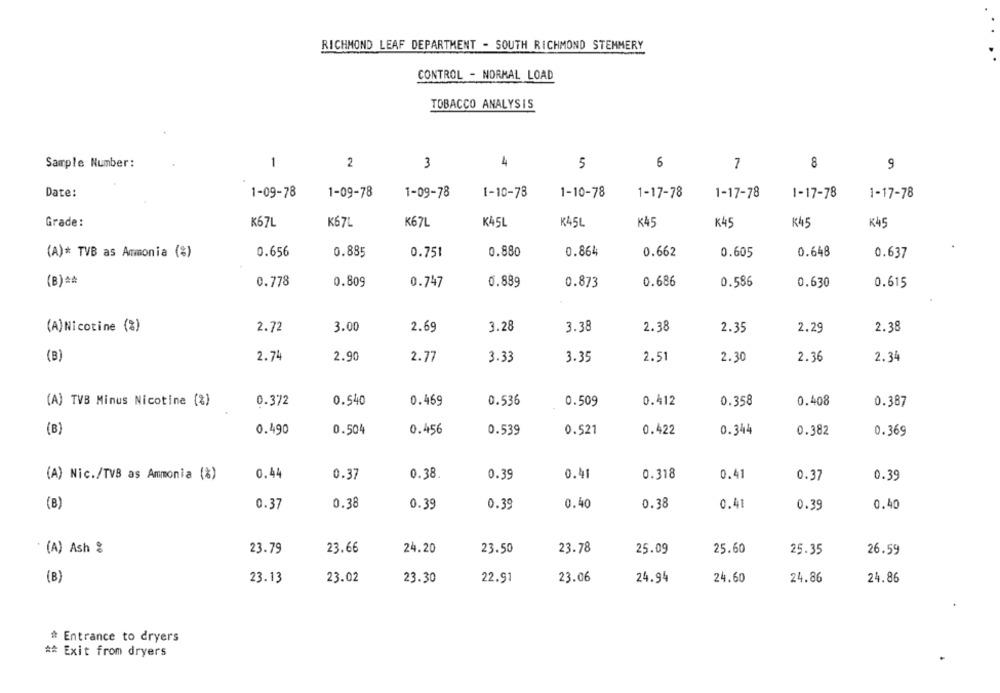
RICHMOND LEAF DEPARTMENT - SOUTH RICHMOND STEMMERY
CONTROL - NORMAL LOAD
TOBACCO ANALYSIS
Sample Number:
1
2
3
4
5
6
7
8
9
Date:
1-09-78
1-09-78
1-09-78
1-10-78
1-10-78
1-17-78
1-17-78
1-17-78
1-17-78
Grade:
K67L
K67L
K67L
K45L
K45L
K45
K45
K45
K45
(A)* TVB as Ammonia (%)
0.656
0.885
0.751
0.880
0.864
0.662
0.605
0.648
0.637
(B) **
0.778
0.809
0.747
0.889
0.873
0.686
0.586
0.630
0.615
(A)Nicotine (%)
2.72
3.00
2.69
3.28
3.38
2.38
2.35
2.29
2.38
(B)
2.74
2.90
2.77
3.33
3.35
2.51
2.30
2.36
2.34
0.372
0.540
0.469
0.536
0.509
0.412
0.358
0.408
(A) TVB Minus Nicotine (%)
0.387
0.521
(B)
0.490
0.504
0.456
0.539
0.422
0.344
0.382
0.369
(A) Nic./TVB as Ammonia (%)
0.44
0.37
0.38
0.39
0.41
0.318
0.41
0.37
0.39
0.37
0.38
0.39
0.39
0.40
0.38
0.41
0.39
0.40
(B)
(A) Ash :
23.79
23.66
24.20
23.50
23.78
25.09
25.60
25.35
26.59
(B)
23.13
23.02
23.30
22.91
23.06
24.94
24.60
24.86
24.86
# Entrance to dryers
#* Exit from dryers